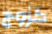
كزوج